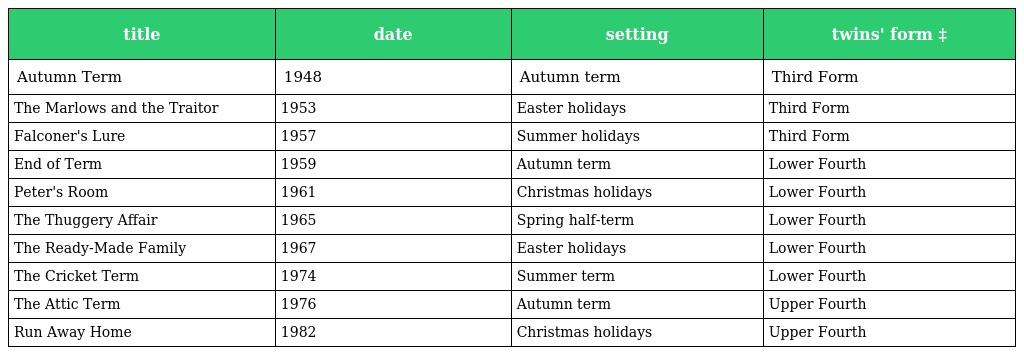
| title | date | setting | twins' form ‡ |
 | --- | --- | --- | --- |
 | Autumn Term | 1948 | Autumn term | Third Form |
 | The Marlows and the Traitor | 1953 | Easter holidays | Third Form |
 | Falconer's Lure | 1957 | Summer holidays | Third Form |
 | End of Term | 1959 | Autumn term | Lower Fourth |
 | Peter's Room | 1961 | Christmas holidays | Lower Fourth |
 | The Thuggery Affair | 1965 | Spring half-term | Lower Fourth |
 | The Ready-Made Family | 1967 | Easter holidays | Lower Fourth |
 | The Cricket Term | 1974 | Summer term | Lower Fourth |
 | The Attic Term | 1976 | Autumn term | Upper Fourth |
 | Run Away Home | 1982 | Christmas holidays | Upper Fourth |